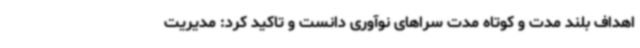
اهداف بلند مدت و کوتاه مدت سراهای نوآوری دانست و تاکید کرد: مدیریت